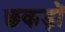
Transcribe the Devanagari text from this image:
छकड़ों